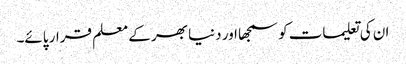
ان کی تعلیمات کو سمجھا اور دنیا بھر کے معلم قرار پائے۔